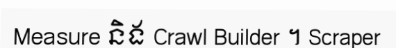
Measure និង Crawl Builder ។ Scraper